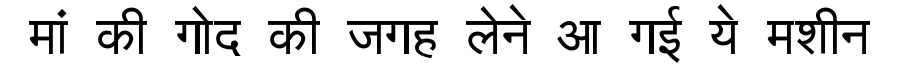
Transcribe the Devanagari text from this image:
मां की गोद की जगह लेने आ गई ये मशीन